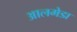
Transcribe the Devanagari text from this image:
आलमेडा